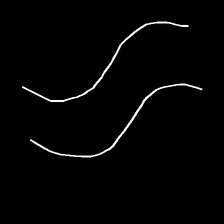
Glyph: float